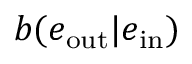
b ( e _ { \mathrm { o u t } } | e _ { \mathrm { i n } } )